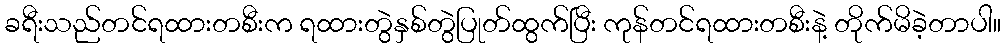
ခရီးသည်တင်ရထားတစီးက ရထားတွဲနှစ်တွဲပြုတ်ထွက်ပြီး ကုန်တင်ရထားတစီးနဲ့ တိုက်မိခဲ့တာပါ။